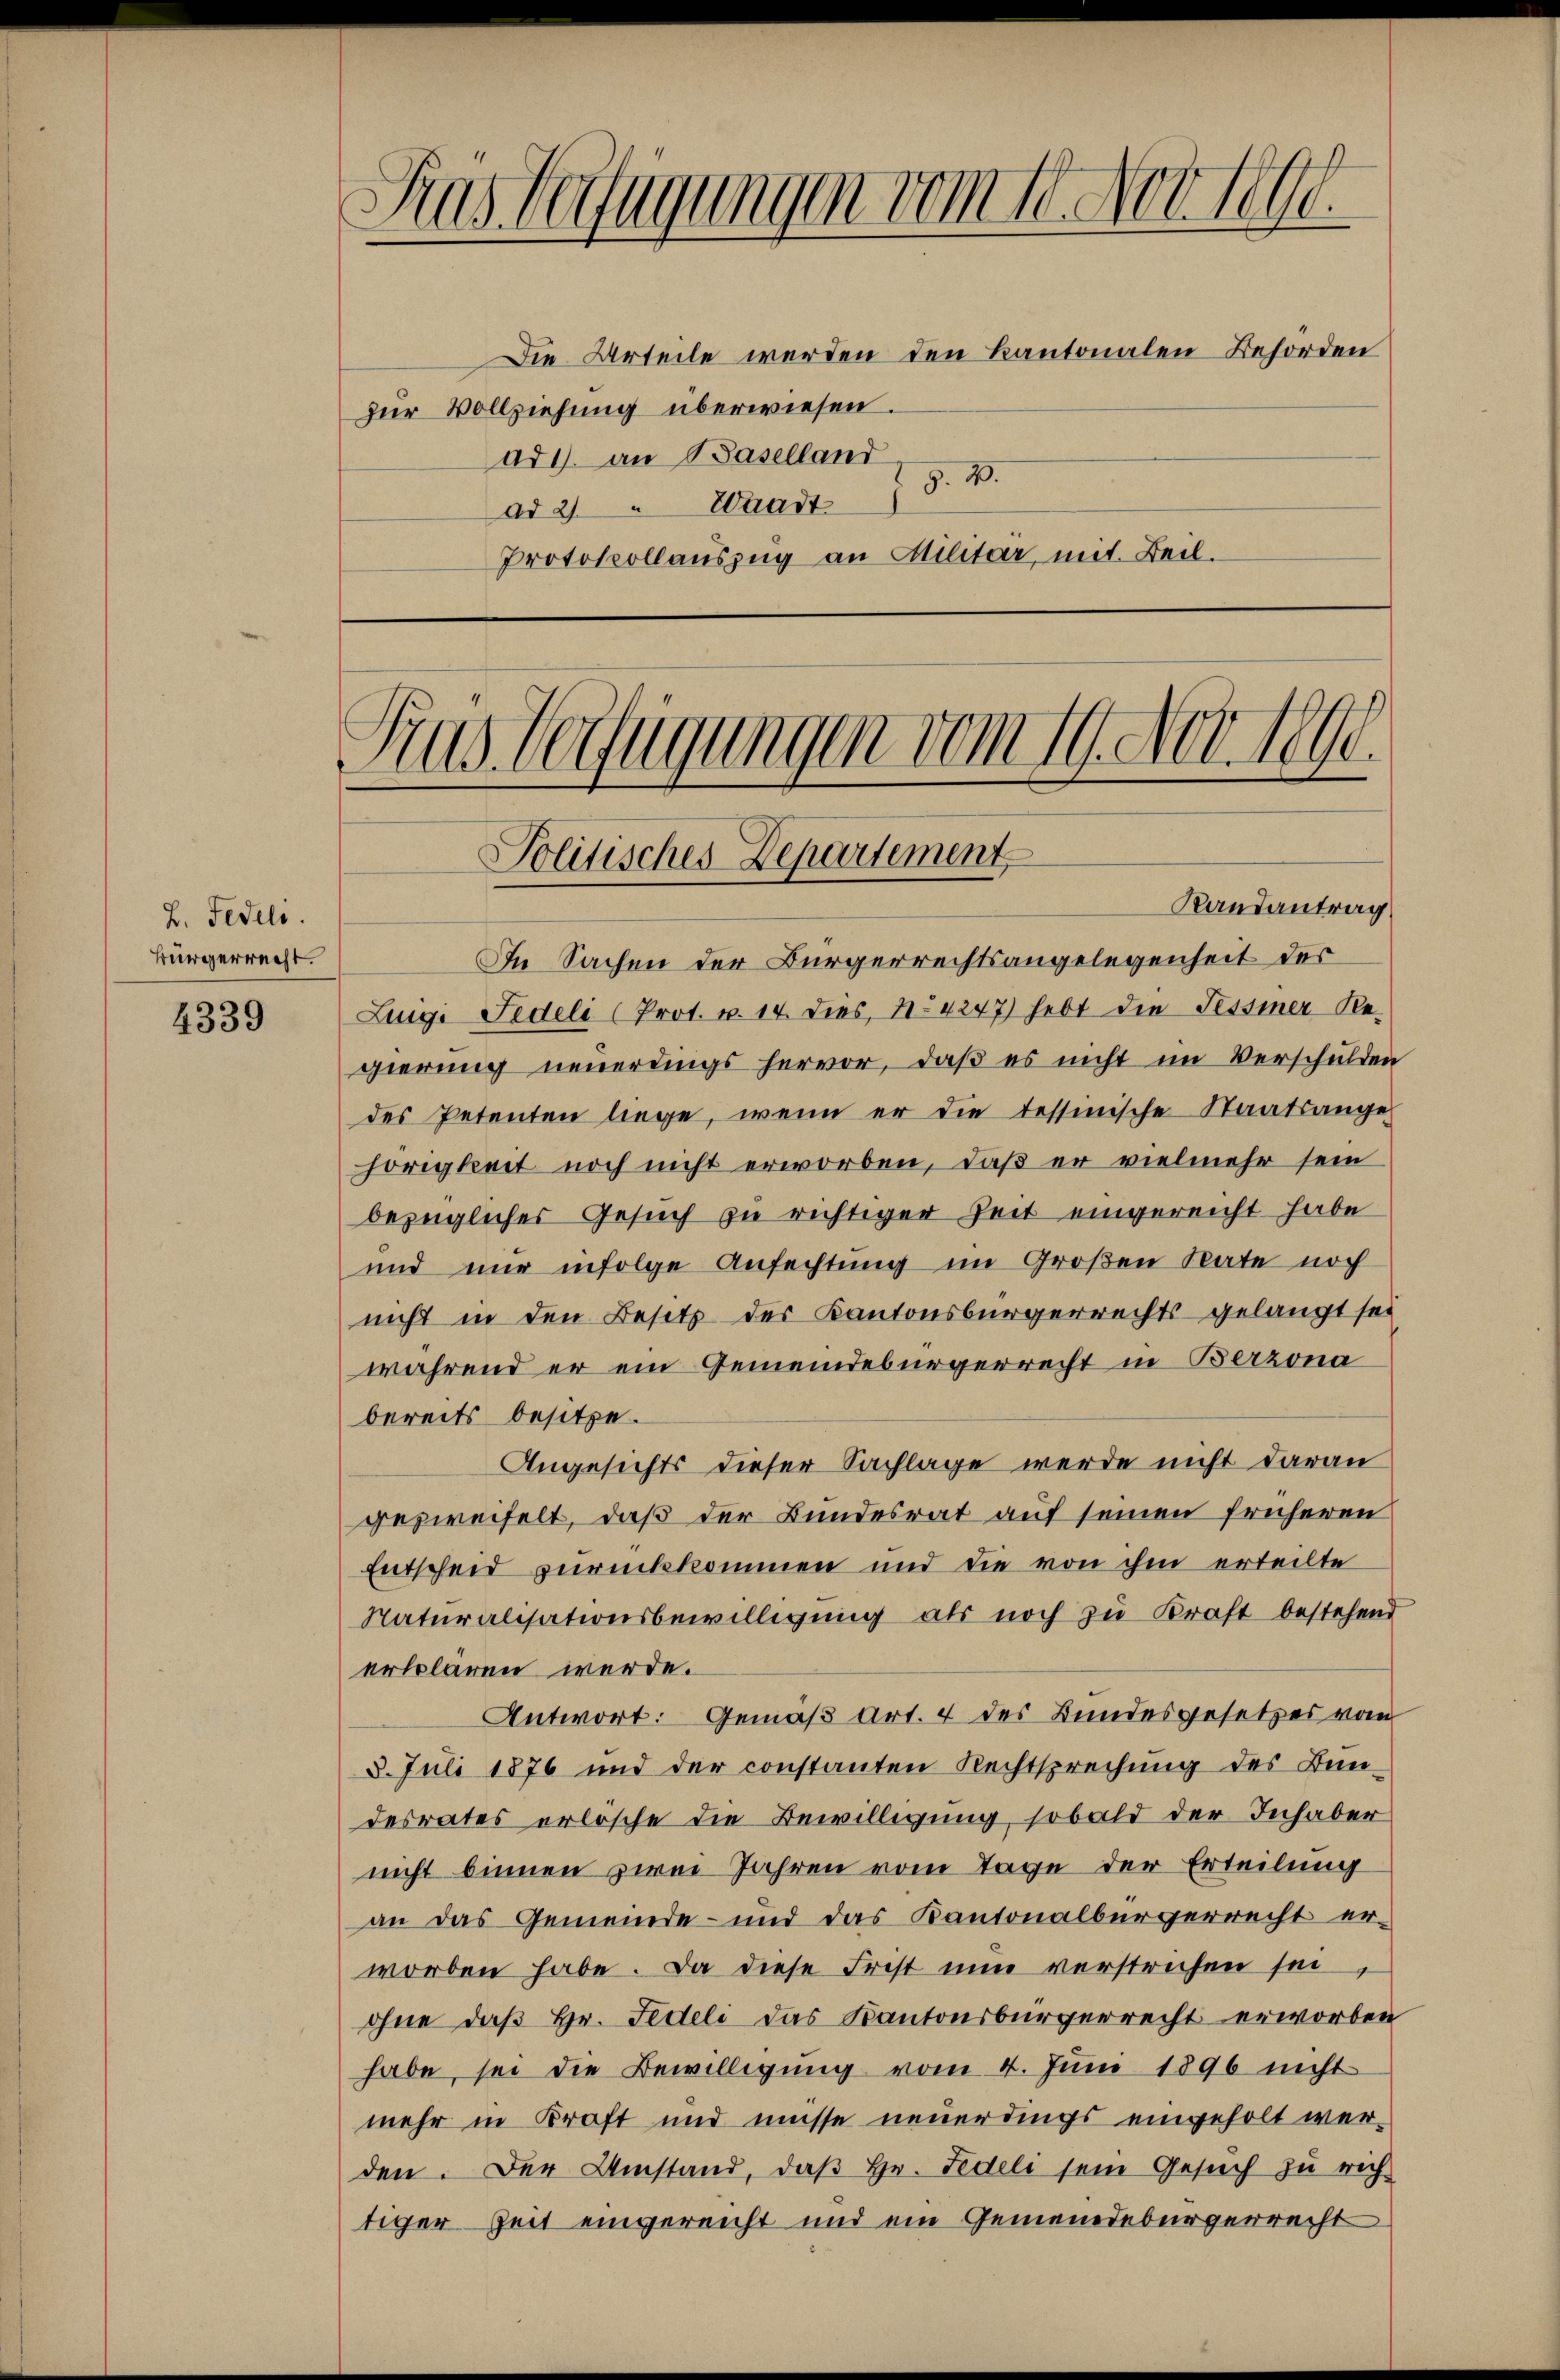
2. Fedels.
Bürgerrecht.

4339

h
Das Verfügungen vom 10. Nov. 1890.
Die Urteile werden den Kantonalen Behörden
zur Vollziehung überwiesen.
ad 1. an Baselland
G. B.
ad 2. Waadt
Protokollauszug an Militär, mit Beil.

Gras Verfügungen vom 19. Nov. 1890.
Politisches Departement

Randantrag
In Sachen der Bürgerrechtsangelegenheit der
Lunge Fedeli (Prot. v. 14. dies, No 4247) hebt die Tessiner-Regierŭng neuerdings hervor, daβ es nicht im Verschulden
des Petenten liege, wenn er die tessinische Staatsangehörigkeit noch nicht erworben, daß er vielmehr sein
bezügliches Gesuch zu richtiger Zeit eingereicht habe
und nur infolge Anfechtung im Großen Rate noch
nicht in den Besetz der Kantonsbürgerrechts gelangt sei
während er ein Gemeindebürgerrecht in Berzona
bereits besitze.
Angesichts dieser Sachlage werde nicht daran
gezweifelt, daß der Bundesrat auf seinen früheren
Entscheid zurückkommen und die von ihm erteilte
Naturalisationsbewilligung als noch zu Kraft bestehend
erklären werde.
Antwort: Gemäß Art. 4 des Bundesgesetzes vom
3. Juli 1876 und der constanten Rechtsprechung des Bundesrates erlösche die Bewilligung, sobald der Inhaber
nicht binnen zwei Jahren vom Tage der Erteilung
an das Gemeinde- und das Kantonalbürgerrecht er-
worben habe. Da diese Frist nun verstrichen sei,
ohne daß Hr. Fideli das Kantonsbürgerrecht erworben
habe, sei die Bewilligung vom 4. Juni 1896 nicht
mehr in Kraft und müsse neuerdings eingeholt werden. Der Umstand, daß Hr. Fideli sein Gesuch zu rich
tiger Zeit eingereicht und ein Gemeindebürgerrecht